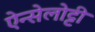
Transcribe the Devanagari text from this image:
ऐन्सेलोट्टी